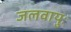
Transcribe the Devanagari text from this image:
जलवायुः